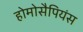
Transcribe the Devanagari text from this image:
होमोसैपियंस